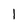
Character: 1